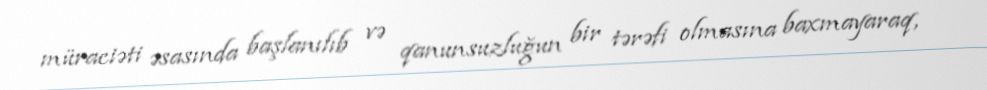
müraciəti əsasında başlanılıb və qanunsuzluğun bir tərəfi olmasına baxmayaraq,